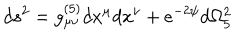
LaTeX: d s ^ { 2 } = g _ { \mu \nu } ^ { ( 5 ) } d x ^ { \mu } d x ^ { \nu } + e ^ { - 2 \psi } d \Omega _ { 5 } ^ { 2 }